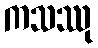
ကသဿု